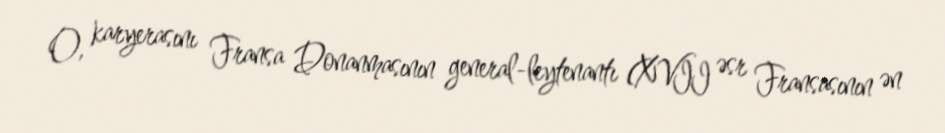
O, karyerasını Fransa Donanmasının general-leytenantı (XVII əsr Fransasının ən